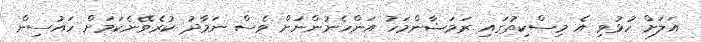
އަލަށް ހުޅުވި އެ މިސްކިތުގައި ރަމަޟާންމަހު އަންހެނުންނަށް ވެސް ނަމާދު ކުރެވޭނެކަމަށް ހައުސިން